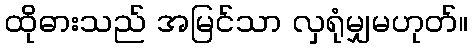
ထိုဓားသည် အမြင်သာ လှရုံမျှမဟုတ်။